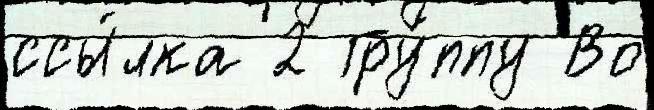
ссы́лка 2 Гру́ппу Во